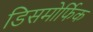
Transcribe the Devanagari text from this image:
डिसमोर्फिक